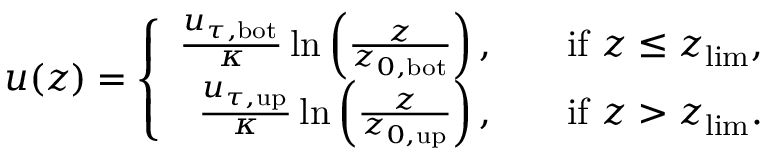
u ( z ) = \left\{ \begin{array} { r l r } { \frac { u _ { \tau , \mathrm { b o t } } } { \kappa } \ln \left( \frac { z } { z _ { 0 , \mathrm { b o t } } } \right) , } & { } & { \mathrm { i f } \ z \leq z _ { \mathrm { l i m } } , } \\ { \frac { u _ { \tau , \mathrm { u p } } } { \kappa } \ln \left( \frac { z } { z _ { 0 , \mathrm { u p } } } \right) , } & { } & { \mathrm { i f } \ z > z _ { \mathrm { l i m } } . } \end{array} \right.